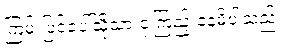
ကြမ်းပြင်ပေါ်သို့သာ ငုံ့ကြည့် နေမိပါသည်။